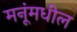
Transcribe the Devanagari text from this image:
मनूंमधील